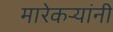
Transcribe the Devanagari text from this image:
मारेकऱ्यांनी